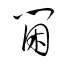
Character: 閫